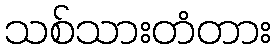
သစ်သားတံတား